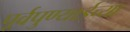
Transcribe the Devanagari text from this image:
पूर्वपुण्याईच्या